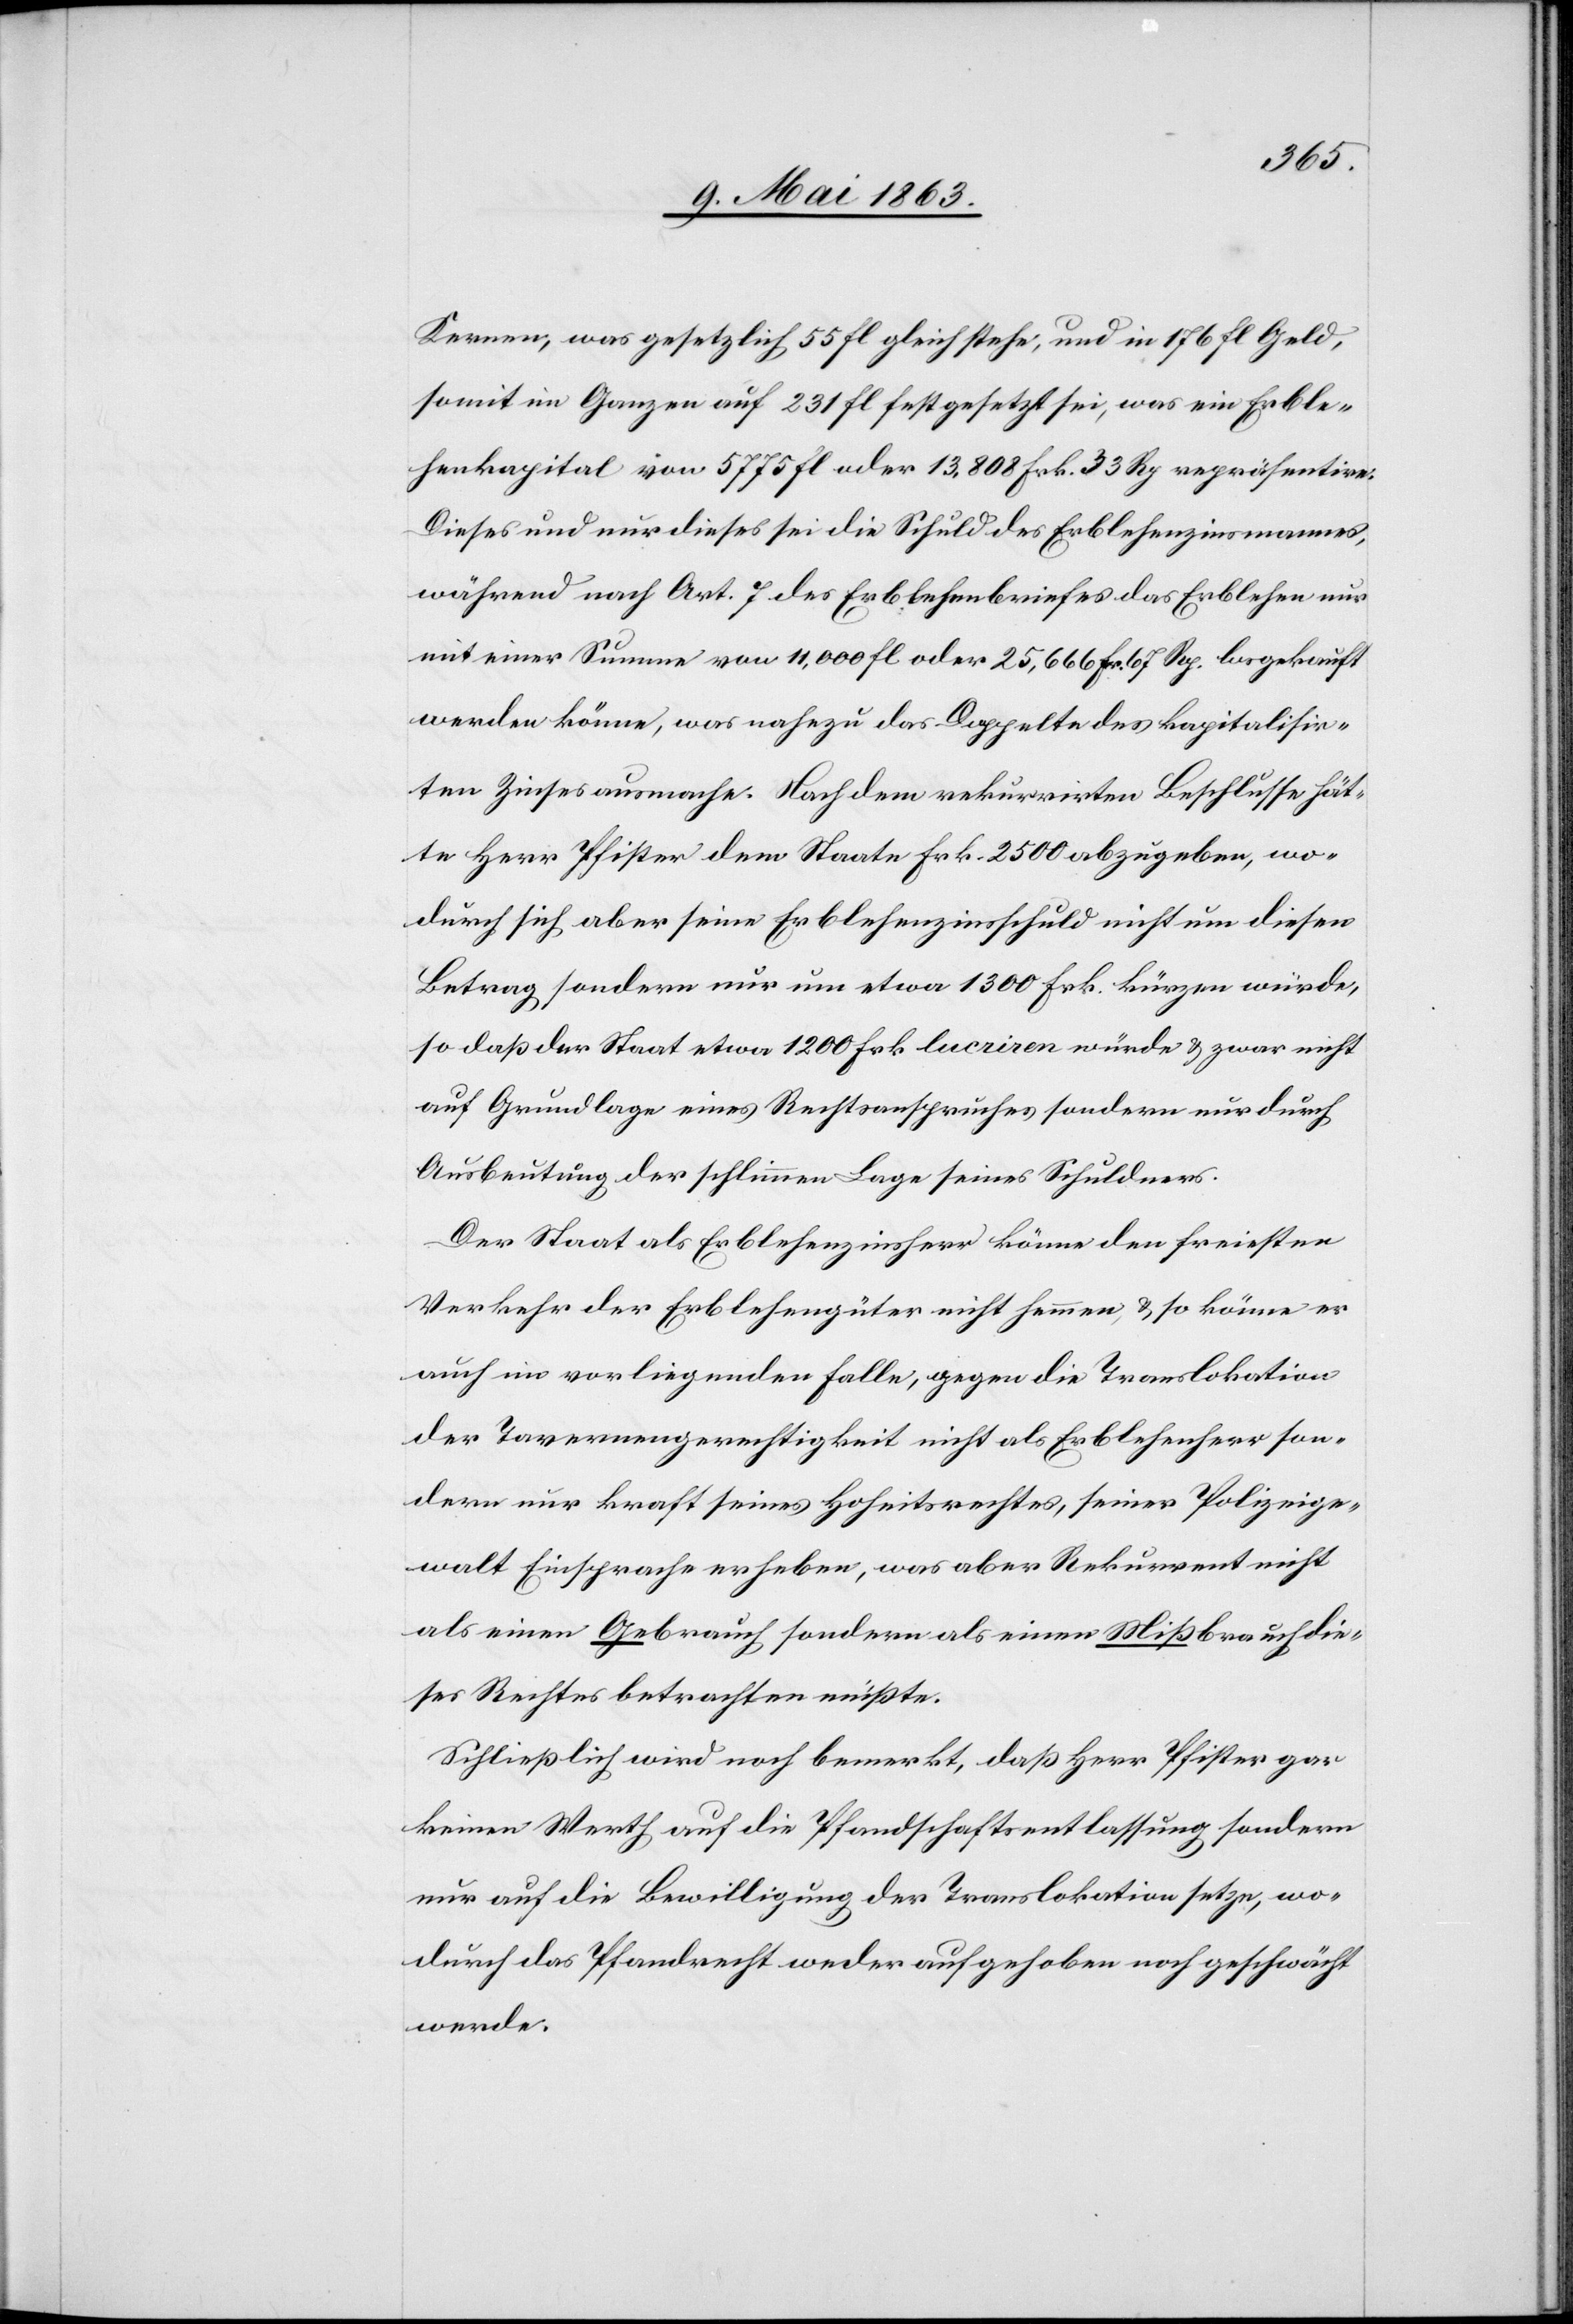
Kernen, was gesetzlich 55 fl. gleich stehe, und in 176 fl. Geld,
somit im Ganzen auf 231 fl. festgesetzt sei, was ein Erble¬
henkapital von 5775 fl. oder 13,800 Frk. 33 Rp repräsentire.
Dieses und nur dieses sei die Schuld des Erblehenzinsmannes,
während nach Art. 7 des Erblehenbriefes das Erblehen nur
mit einer Summe von 11,000 fl. oder 25,666 Fr. 67 Rp. losgekauft
werden könne, was nahezu das Doppelte des kapitalisir¬
ten Zinses ausmache. Nachdem rekurrirten Beschlusse hät¬
te Herr Pfister dem Staate Frk. 2500 abzugeben, wo¬
durch sich aber seine Erblehenzinsschuld nicht um diesen
Betrag sondern nur um etwa 1300 Frk. kürzen würde,
so daß der Staat etwa 1200 Frk. lucriren würde & zwar nicht
auf Grundlage eines Rechtsanspruches sondern nur durch
Ausbeutung der schlimmen Lage seines Schuldners.
Der Staat als Erblehenzinsherr könne den freiesten
Verkehr der Erblehengüter nicht hemmen, & so könne er
auch im vorliegenden Falle, gegen die Translokation
der Tavernengerechtigkeit nicht als Erblehenherr son¬
dern nur kraft seines Hoheitsrechtes, seiner Polizeige¬
walt Einsprache erheben, was aber Rekurrent nicht
als einen Gebrauch sondern als einen Mißbrauch die¬
ses Rechtes betrachten müßte.
Schließlich wird noch bemerkt, daß Herr Pfister gar
keinen Werth auf die Pfandschaftsentlassung sondern
nur auf die Bewilligung der Translokation setze, wo¬
durch das Pfandrecht weder aufgehoben noch geschwächt
werde.